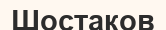
Шостаков